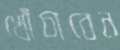
খোঁচাবেন